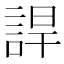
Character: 䛞